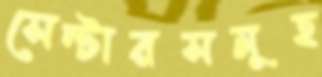
সেন্টারসমূহ